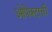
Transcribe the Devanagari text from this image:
ओपेक्टाची